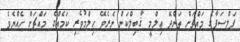
ފަލްސަފާގެ މައްޗަށް ތަންދޭ ޢިލްމީ ޤާބިލްކަން ނެރެވޭ ޙިލްމުވެރި ކަމެއްގެ މައްޗަށް ހެއްޔެވެ